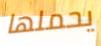
يحملها